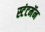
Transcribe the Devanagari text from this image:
स्टंटमॅन